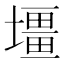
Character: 壃